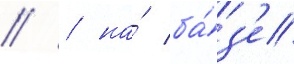
// / на́ ба́з'е